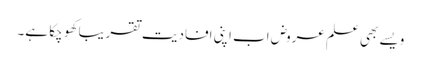
ویسے بھی علم عروض اب اپنی افادیت تقریبا کھو چکا ہے۔